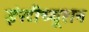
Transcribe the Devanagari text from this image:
इंस्‍टीच्‍यूशन